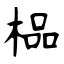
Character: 榀